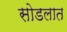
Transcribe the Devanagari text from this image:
सोडलात